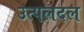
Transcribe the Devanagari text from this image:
उत्पलदल